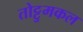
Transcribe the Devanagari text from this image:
तोट्टुमकल